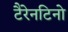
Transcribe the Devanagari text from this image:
टैरेनटिनो